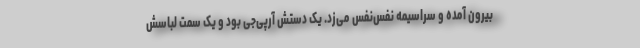
بیرون آمده و سراسیمه نفس‌نفس می‌زد. یک دستش آرپی‌جی بود و یک سمت لباسش